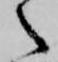
之